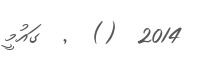
2014  ()